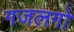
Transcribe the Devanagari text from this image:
गजलगो